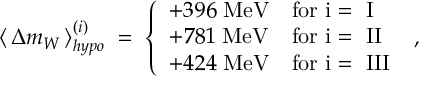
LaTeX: \langle \, \Delta m _ { W } \, \rangle _ { h y p o } ^ { ( i ) } \; = \; \left\{ \begin{array} { c l } { { + 3 9 6 \; \mathrm { M e V } } } & { { \mathrm { f o r ~ i = ~ I } } } \\ { { + 7 8 1 \; \mathrm { M e V } } } & { { \mathrm { f o r ~ i = ~ I I } } } \\ { { + 4 2 4 \; \mathrm { M e V } } } & { { \mathrm { f o r ~ i = ~ I I I } } } \end{array} \right. \; ,